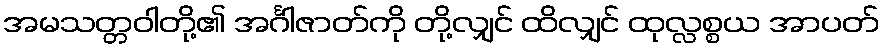
အမသတ္တဝါတို့၏ အင်္ဂါဇာတ်ကို တို့လျှင် ထိလျှင် ထုလ္လစ္စယ အာပတ်